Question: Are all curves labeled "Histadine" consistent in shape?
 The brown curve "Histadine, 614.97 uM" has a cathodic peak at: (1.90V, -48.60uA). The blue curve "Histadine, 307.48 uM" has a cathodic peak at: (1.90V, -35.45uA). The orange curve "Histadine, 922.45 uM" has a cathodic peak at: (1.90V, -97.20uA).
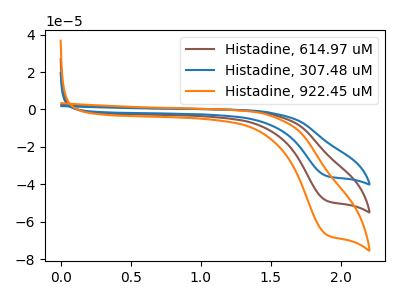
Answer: <think>All the peaks in "Histadine, 614.97 uM" have a peak in "Histadine, 307.48 uM" at the same potential. Every peak in "Histadine, 614.97 uM" is higher than every peak in "Histadine, 307.48 uM". All the peaks in "Histadine, 614.97 uM" have a peak in "Histadine, 922.45 uM" at the same potential. Every peak in "Histadine, 614.97 uM" is lower than every peak in "Histadine, 922.45 uM". All the peaks in "Histadine, 307.48 uM" have a peak in "Histadine, 922.45 uM" at the same potential. Every peak in "Histadine, 307.48 uM" is lower than every peak in "Histadine, 922.45 uM".
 </think>
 <answer>All the CV's of "Histadine" have similar shape.</answer>
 <eval>follow_rule</eval>